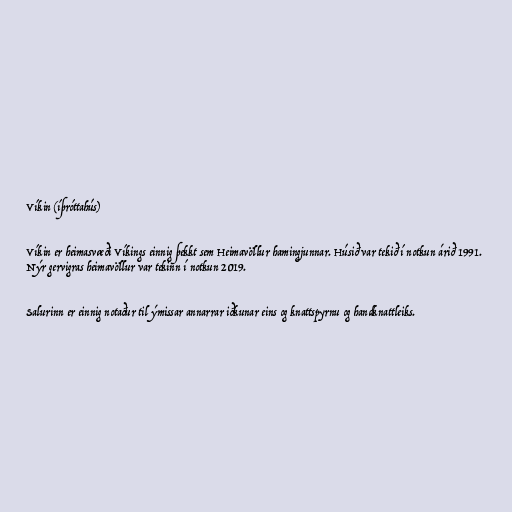
Víkin (íþróttahús)

Víkin er heimasvæði Víkings einnig þekkt sem Heimavöllur hamingjunnar. Húsið var tekið í notkun árið 1991.
Nýr gervigras heimavöllur var tekinn í notkun 2019.

Salurinn er einnig notaður til ýmissar annarrar iðkunar eins og knattspyrnu og handknattleiks.